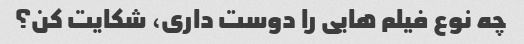
چه نوع فیلم هایی را دوست داری، شکایت کن؟